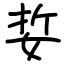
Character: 娎